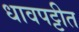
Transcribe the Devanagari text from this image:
धावपट्टीत